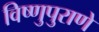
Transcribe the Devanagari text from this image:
विष्णुपुराणे